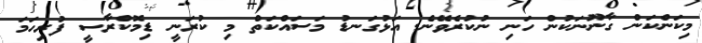
މިކަންކަން ގާނޫނަކުން ހަނި ނުކުރެވޭނެ. އަޅުގަނޑު މަސައްކަތް މި ކުރަނީ ޑިމޮކްރާސީ ފުރިހަމަ